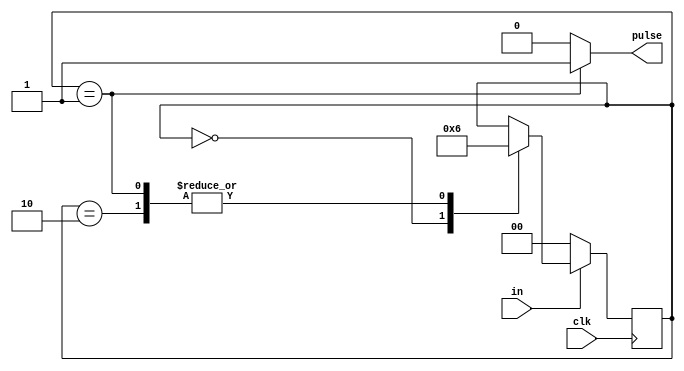
`timescale 1ns / 1ps
//////////////////////////////////////////////////////////////////////////////////
// Company: 
// Engineer: 
// 
// Design Name: 
// Module Name: singlePulser
// Project Name: 
// Target Devices: 
// Tool Versions: 
// Description: 
// 
// Dependencies: 
// 
// Revision:
// Revision 0.01 - File Created
// Additional Comments:
// 
//////////////////////////////////////////////////////////////////////////////////


module singlePulser(
    output reg pulse,
    input in,
    input clk
    );
    
    reg [1:0] state;
    parameter s0 = 2'b00, s1 = 2'b01, s2 = 2'b10;
    
    always @(posedge clk)
    begin
        if(in == 0) 
            state <= s0;
        else begin
            case(state)
                s0: state <= s1;
                s1: state <= s2;
                s2: state <= s2;
            endcase
        end
    end
    
    always @(state)
    begin
        if(state == s1) pulse = 1;
        else pulse = 0;
    end
    
endmodule